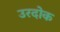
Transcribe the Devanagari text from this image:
उरदोक